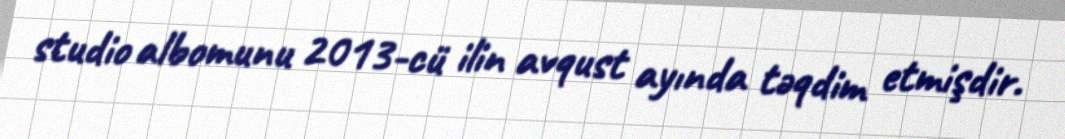
studio albomunu 2013-cü ilin avqust ayında təqdim etmişdir.